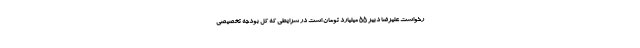
رخواست علیرضا دبیر 55 میلیارد تومان است در شرایطی که کل بودجه تخصیصی